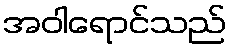
အဝါရောင်သည်